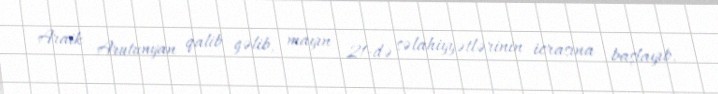
Araik Arutunyan qalib gəlib, mayın 21-də səlahiyyətlərinin icrasına başlayıb.